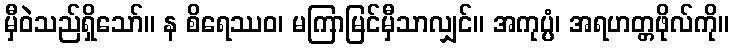
မှီဝဲသည်ရှိသော်။ န စိရေဿဝ၊ မကြာမြင်မှီသာလျှင်။ အကုပ္ပံ၊ အရဟတ္တဖိုလ်ကို။